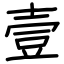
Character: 壹